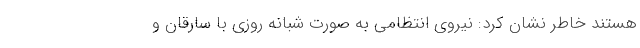
هستند خاطر نشان کرد: نیروی انتظامی به صورت شبانه روزی با سارقان و